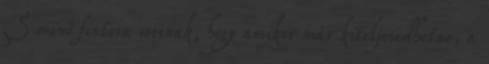
S minô fintora sorsnak, hogy amikor már kiteljesedhetne, a